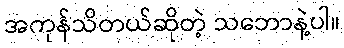
အကုန်သိတယ်ဆိုတဲ့ သဘောနဲ့ပါ။